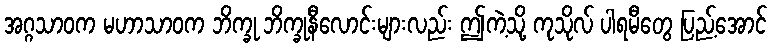
အဂ္ဂသာဝက မဟာသာဝက ဘိက္ခု ဘိက္ခုနီလောင်းများလည်း ဤကဲ့သို့ ကုသိုလ် ပါရမီတွေ ပြည့်အောင်